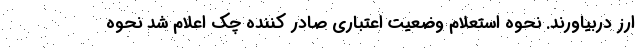
ارز دربیاورند. نحوه استعلام وضعیت اعتباری صادر کننده چک اعلام شد نحوه